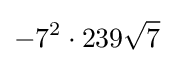
-7^{2}\cdot 239{\sqrt {7}}